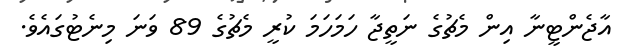
އާޖެންޓީނާ އިން މެޗުގެ ނަތީޖާ ހަމަހަމަ ކުރީ މެޗުގެ 89 ވަނަ މިނެޓުގައެވެ.